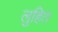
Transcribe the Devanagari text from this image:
लुहित